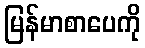
မြန်မာစာပေကို